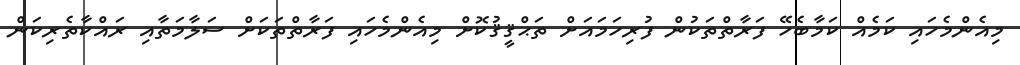
މިއެންމެހައި ކަމެއް ކަމާބެހޭ ފަރާތްތަކުން ފުރިހަމައަށް ތަޙްޤީޤުކޮށް މިއެންމެހައި ފަރާތްތަކަށް ސަލާމަތާއި ރައްކާތެރިކަން